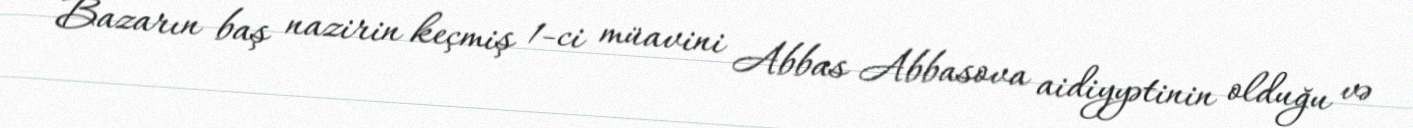
Bazarın baş nazirin keçmiş 1-ci müavini Abbas Abbasova aidiyyətinin olduğu və